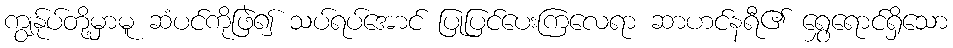
ကျွန်ုပ်တို့မှာမူ ဆံပင်ကိုဖြဲ၍ သပ်ရပ်အောင် ပြုပြင်ပေးကြလေရာ ဆာဟင်နရီ၏ ရွှေရောင်ရှိသော